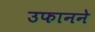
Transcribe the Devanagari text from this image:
उफानने